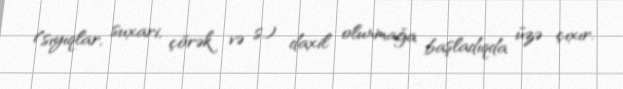
(sıyıqlar, suxari, çörək və s.) daxil olunmağa başladıqda üzə çıxır.